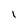
Character: I